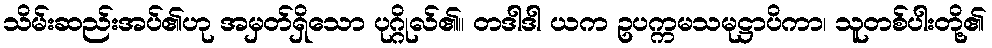
သိမ်းဆည်းအပ်၏ဟု အမှတ်ရှိသော ပုဂ္ဂိုလ်၏။ တဒါဒါ ယက ဥပက္ကမသမုဋ္ဌာပိကာ၊ သူတစ်ပါးတို့၏